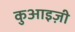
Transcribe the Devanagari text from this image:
कुआइज़ी